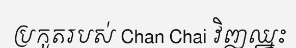
ប្រកួតរបស់ Chan Chai វិញឈ្នះ